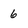
Character: 6